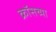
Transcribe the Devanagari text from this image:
क्रॉसच्या